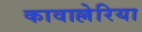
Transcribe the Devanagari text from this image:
कावाल्लेरिया